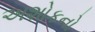
અશોકનો